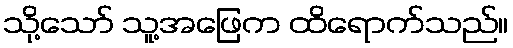
သို့သော် သူ့အဖြေက ထိရောက်သည်။